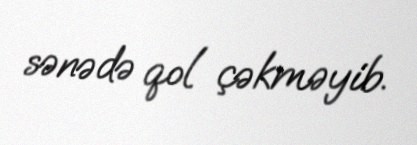
sənədə qol çəkməyib.